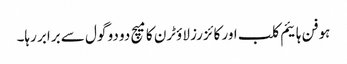
ہوفن ہائیم کلب اور کائزرز لاؤٹرن کا میچ دو دو گول سے برابر رہا۔